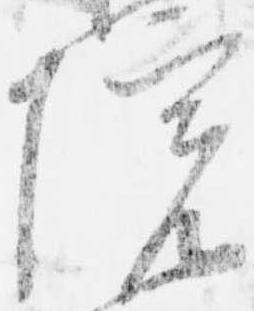
院